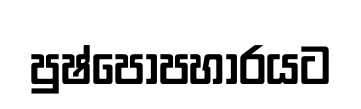
පුෂ්පෝපහාරයට